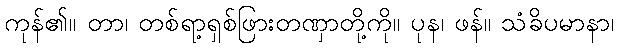
ကုန်၏။ တာ၊ တစ်ရာ့ရှစ်ဖြားတဏှာတို့ကို။ ပုန၊ ဖန်။ သံခိပမာနာ၊